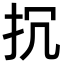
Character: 𢪨